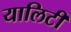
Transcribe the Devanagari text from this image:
यालिटी